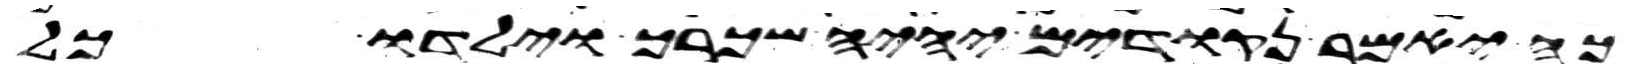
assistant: כה יאמר נקודים יהיה שכרך וילדו כל